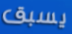
يسبق